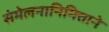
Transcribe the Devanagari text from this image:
संमेलनानिमित्ताने